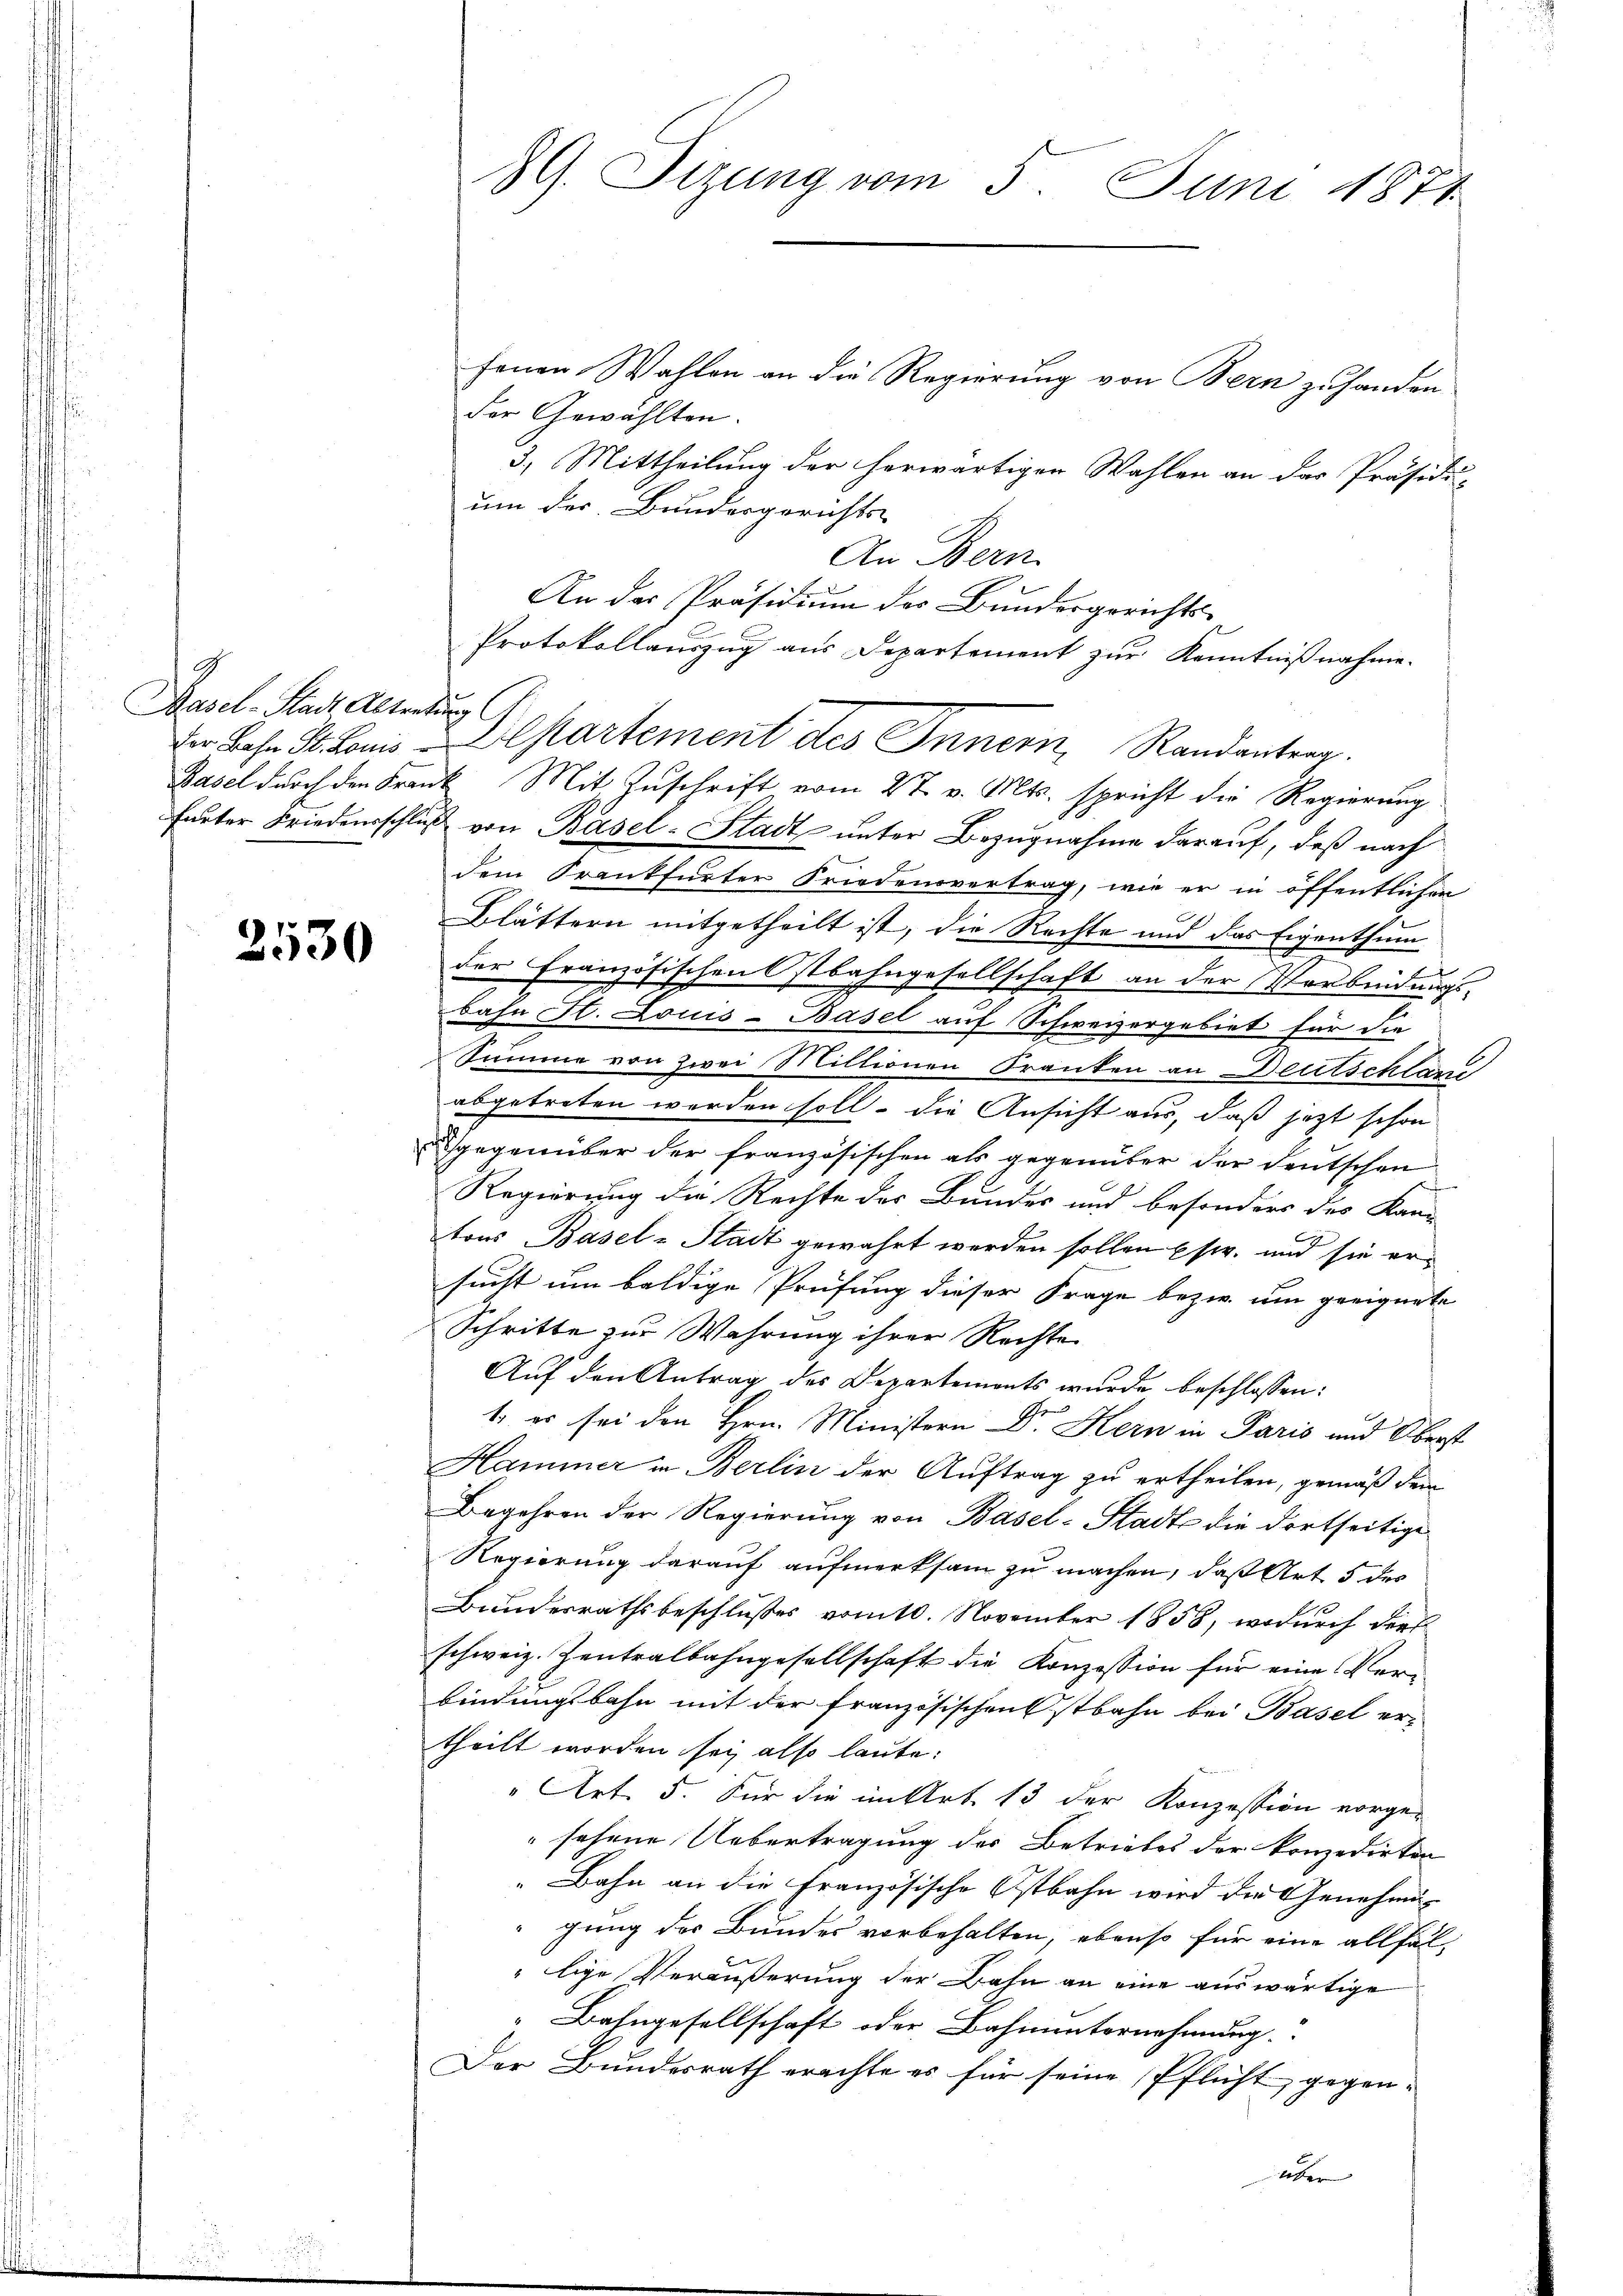
7
Basel-Stadt, Abtretung

3530

s

G. Sizung vom 5. Juni 1871

fenen Wahlen an die Regierung von Bern zuhanden
der Gewählten.
3.) Mittheilung der herwärtigen Wahlen an das Präsidi-
um des Bundergerichts-
An Bern.
An der Präsidium des Bundesgerichts-
Protokollauszug aus Departement zur Kenntnißnahme.
Basel durch den Frank. Mit Zuschrift vom 27. v. Mts. spricht die Regierung
furter Friedensschluß von Basel-Stadt unter Bezugnahme darauf, daß nach
dem Frankfurter Friedensvertrag, wie er in öffentlichen
Blättern mitgetheilt ist, die Rechte und das Eigenthum
der Französischen Ostbahngesellschaft an der Verbindungs-
daher St. Louis-Basel auf Schweizergebiet für die
Summe von zwei Miltionen Franken an Deutschland
abgetreten werden soll. Die Ansicht aus, daß jetzt schon
gegenüber der französischen als gegenüber der deutschen
Regierung die Rechte des Bundes und besonders des Kan-
tons Basel-Stadt gewährt werden sollen (s. und sie ersucht um baldige Prüfung dieser Frage bezw. um geeignete
Schritte zur Wahrung ihrer Rechte
Auf den Antrag des Departements wurde beschlossen:
1., es sei den Hrn. Ministern Dr Kern in Paris und Oberst
Hammer in Berlin der Auftrag zu ertheilen, gemäß dem
Begehren der Regierung von Basel-Stadte die dortseitige
Regierung darauf aufmerksam zu machen, daß Art 5 des
Bundesrathsbeschlusses vom 10. November 1858, wodurch dies
schweiz. Zentralbahngesellschaft die Konzession für eine Verbindungsbahn mit der französischenstbahn bei Basel er-
theilt worden sei also laute:
" Art. 5. Für die im Art. 13 der Konzession vorge-
sehene Uebertragung des Betriebes der konzedirten
"Bahn an die französische Ostbahn wird der Genehmig
gung des Bundes vorbehalten, ebenso für eine allfäl-
"lige Veräußerung der Bahn an eine auswärtige
 Bahngesellschaft oder Bahnunternehmung.
Der Bundesrath erachte es für seine Pflicht, gegen-

Der Bahn St. Louis Departement des Innern, Randantrag.